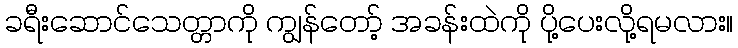
ခရီးဆောင်သေတ္တာကို ကျွန်တော့် အခန်းထဲကို ပို့ပေးလို့ရမလား။